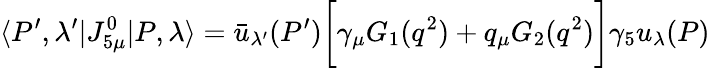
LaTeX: \langle P^{\prime},\lambda^{\prime}|J_{5\mu}^{0}|P,\lambda\rangle=\bar{u}_{\lambda^{\prime}}(P^{\prime})\biggl[\gamma_{\mu}G_{1}(q^{2})+q_{\mu}G_{2}(q^{2})\biggr]\gamma_{5}u_{\lambda}(P)